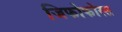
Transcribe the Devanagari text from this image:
जिफोफोरस